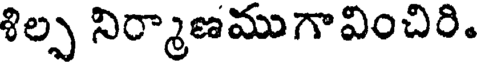
శిల్ప నిర్మాణముగావించిరి.